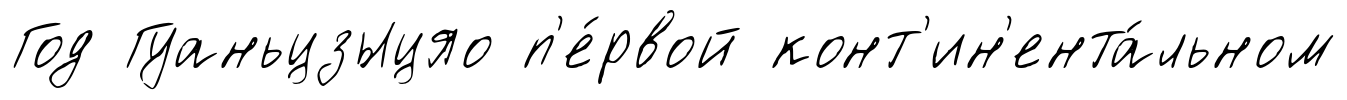
Год Гуаньцзыцяо п'е́рвой конт'ин'ента́льном